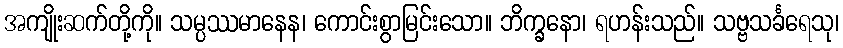
အကျိုးဆက်တို့ကို။ သမ္ပဿမာနေန၊ ကောင်းစွာမြင်းသော။ ဘိက္ခနော၊ ရဟန်းသည်။ သဗ္ဗသင်္ခရေသု၊